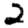
Digit: 2